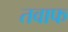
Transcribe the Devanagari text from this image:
तवाफ